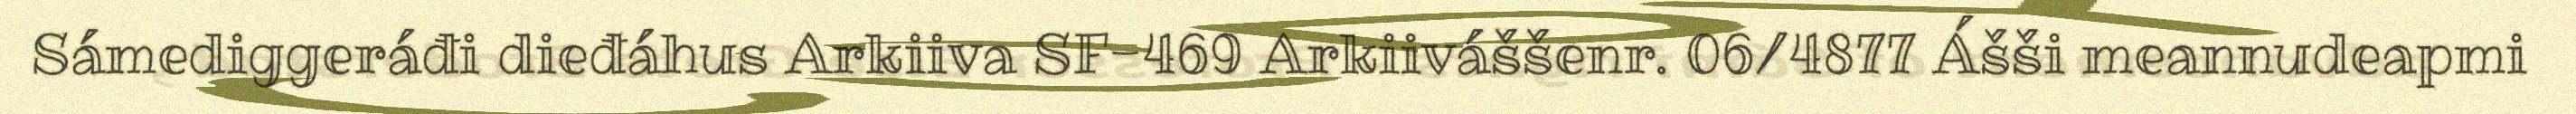
Sámediggeráđi dieđáhus Arkiiva SF-469 Arkiiváššenr. 06/4877 Ášši meannudeapmi